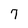
Character: 7